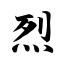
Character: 烈